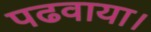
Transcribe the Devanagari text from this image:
पढवाया।